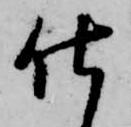
仕